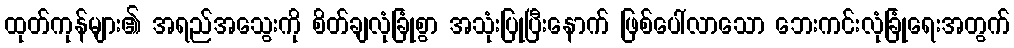
ထုတ်ကုန်များ၏ အရည်အသွေးကို စိတ်ချလုံခြုံစွာ အသုံးပြုပြီးနောက် ဖြစ်ပေါ်လာသော ဘေးကင်းလုံခြုံရေးအတွက်